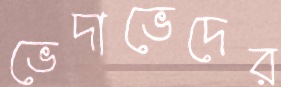
ভেদাভেদের